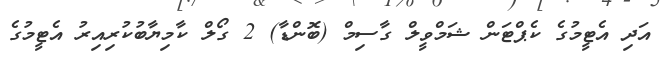
އަދި އެޓީމުގެ ކެޕްޓަން ޝަމްވީލް ގާސިމް (ބޮންޑާ) 2 ގޯލް ކާމިޔާބުކުރިއިރު އެޓީމުގެ